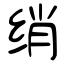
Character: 绡